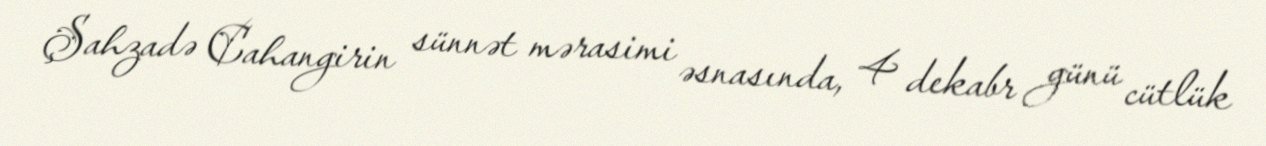
Şahzadə Cahangirin sünnət mərasimi əsnasında, 4 dekabr günü cütlük